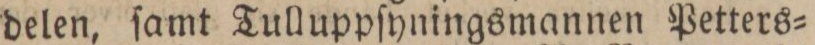
delen, ſamt Tulluppſyningsmannen Petters=